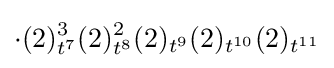
\cdot (2)_{t^{7}}^{3}(2)_{t^{8}}^{2}(2)_{t^{9}}(2)_{t^{10}}(2)_{t^{11}}